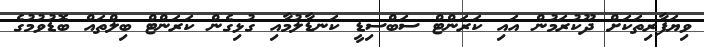
ވިޔަފާރިތަކަށް ދޫކުރަމުން އައި ކަރަންޓް ސަބްސިޑީ ކަނޑާލުމާއި ގުޅިގެން ކަރަންޓް ބިލްތައް ބޮޑުވުމުގެ